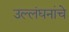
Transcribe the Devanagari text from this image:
उल्लंघनांचे